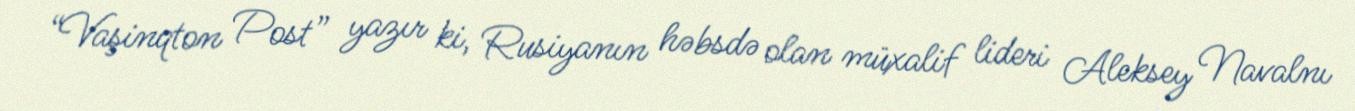
“Vaşinqton Post” yazır ki, Rusiyanın həbsdə olan müxalif lideri Aleksey Navalnı